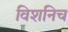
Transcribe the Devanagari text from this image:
विशनिच